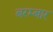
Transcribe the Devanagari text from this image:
बरम्बार